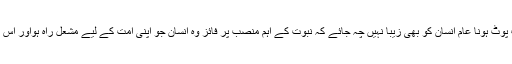
جا بجا ہنسنا بات بات پر ٹھٹھا کرنا اور ہنس ہنس کر لوٹ پوٹ ہونا عام انسان کو بھی زیبا نہیں چہ جائے کہ نبوت کے اہم منصب پر فائز وہ انسان جو اپنی امت کے لیے مشعل راہ ہواور اس کو دیکھ کر اس کی امت اپنی زندگی کی راہ متعین کرے ۔